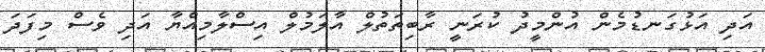
އަދި އަޅުގަނޑުމެން އުންމީދު ކުރަނީ ރާބިތަތުލް އާލަމުލް އިސްލާމިއްޔާ އަދި ވެސް މިފަދަ